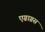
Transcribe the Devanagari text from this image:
एग्राग्रस